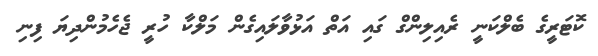
ކޮޓަރީގެ ބެލްކަނީ ރެއިލިންގް ގައި އަތް އަޅުވާލައިގެން މަލްކާ ހުރީ ޖެހެމުންދިޔަ ފިނި